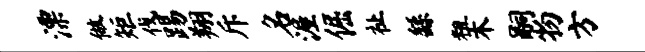
漂做矩伐踢翔斥名渥倔祉繇粗木嗣物方